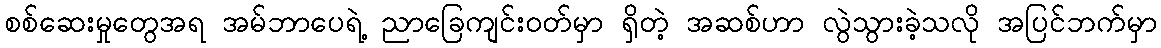
စစ်ဆေးမှုတွေအရ အမ်ဘာပေရဲ့ ညာခြေကျင်းဝတ်မှာ ရှိတဲ့ အဆစ်ဟာ လွဲသွားခဲ့သလို အပြင်ဘက်မှာ